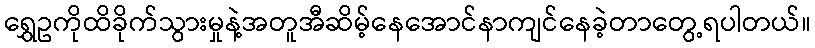
ရွှေဥကိုထိခိုက်သွားမှုနဲ့အတူအီဆိမ့်နေအောင်နာကျင်နေခဲ့တာတွေ့ရပါတယ်။